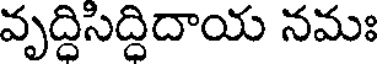
వృద్ధిసిద్ధిదాయ నమః